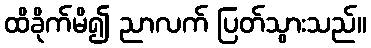
ထိခိုက်မိ၍ ညာလက် ပြတ်သွားသည်။